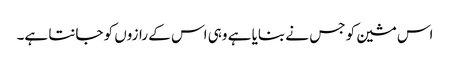
اس مشین کو جس نے بنایا ہے وہی اس کے رازوں کو جانتا ہے۔